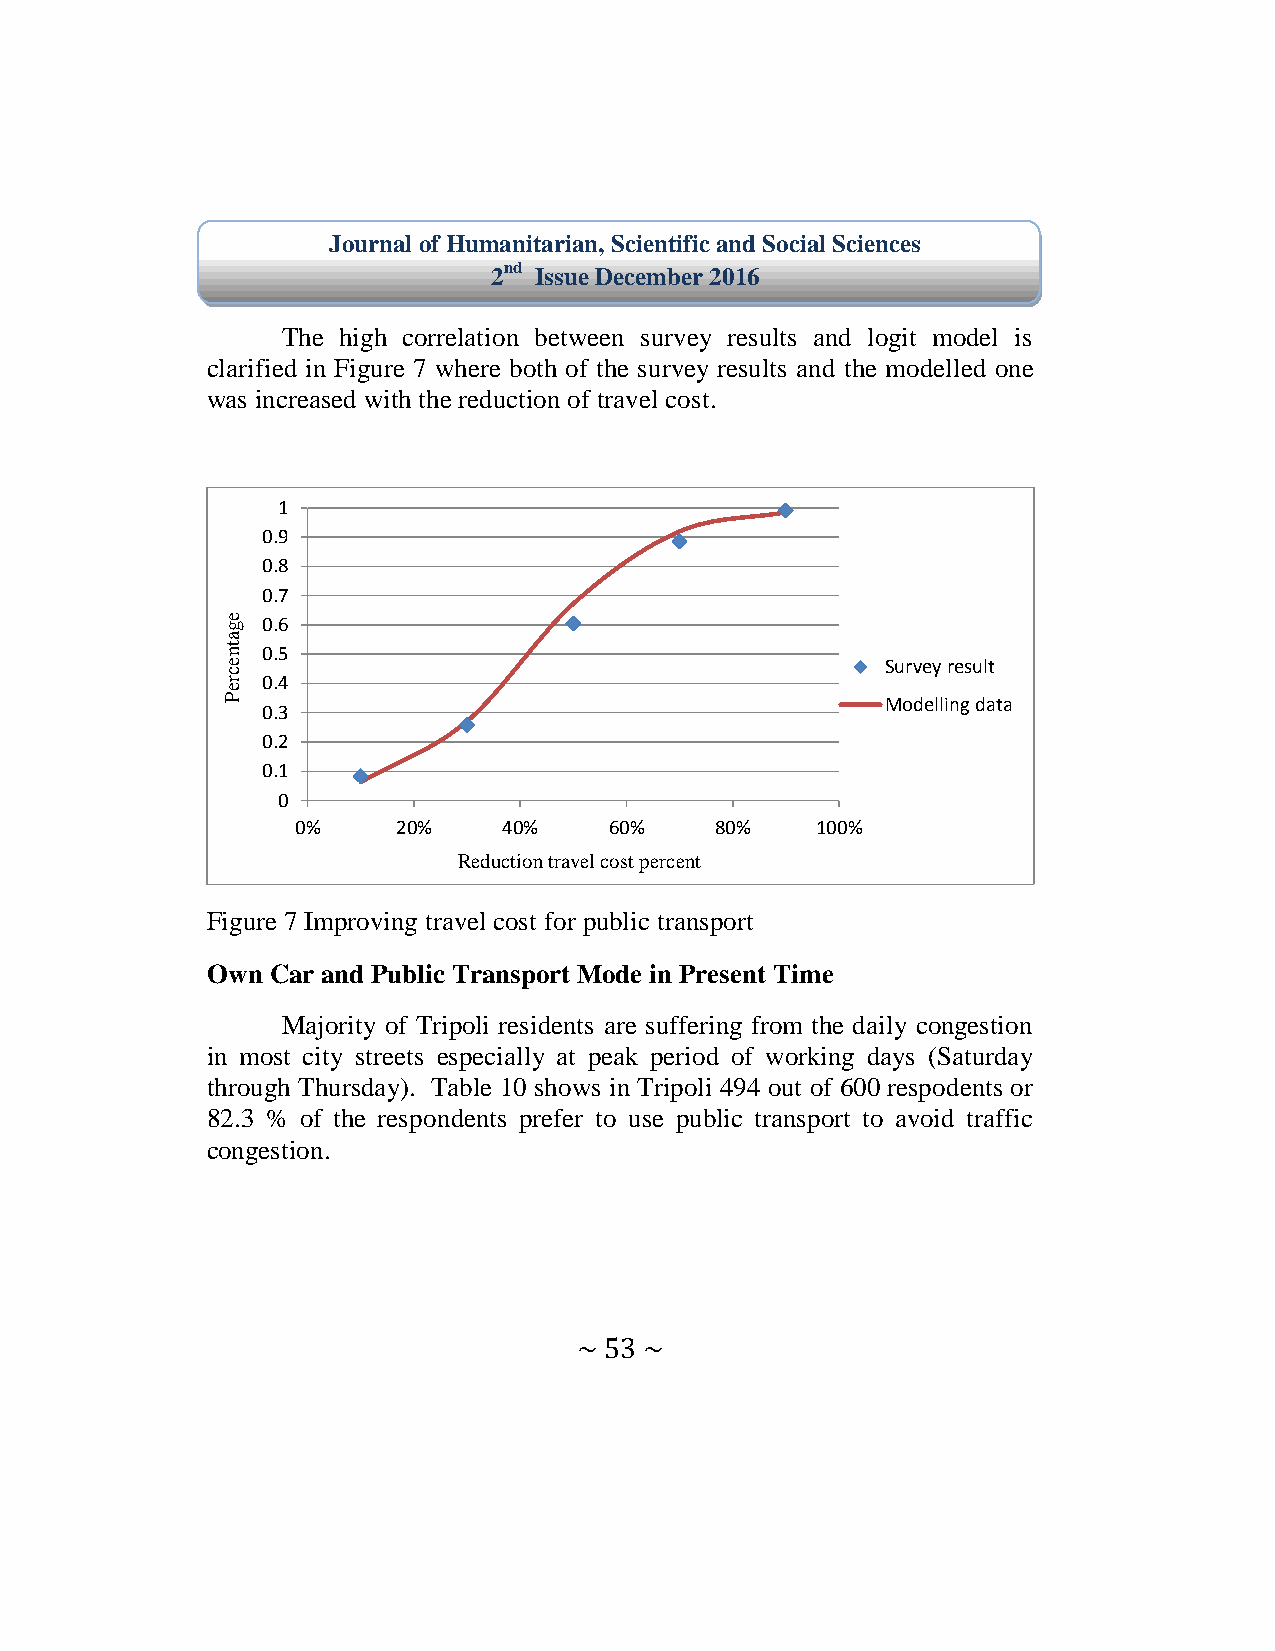
Journal of Humanitarian, Scientific and Social Sciences
 2nd Issue December 2016
 The high correlation between survey results and logit model is
 clarified in Figure 7 where both of the survey results and the modelled one
 was increased with the reduction of travel cost.
 1
 0.9
 0.8
 0.7
 e g 0.6
 a
 tn 0.5
 e                                           Survey result
 c
 r 0.4
 e
 P                                           Modelling data
 0.3
 0.2
 0.1
 0
 0%    20%    40%    60%    80%    100%
 Reduction travel cost percent
 Figure 7 Improving travel cost for public transport
 Own Car and Public Transport Mode in Present Time
 Majority of Tripoli residents are suffering from the daily congestion
 in most city streets especially at peak period of working days (Saturday
 through Thursday). Table 10 shows in Tripoli 494 out of 600 respodents or
 82.3 % of the respondents prefer to use public transport to avoid traffic
 congestion.
 ~ 53 ~